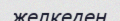
желкеден